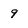
Character: 9